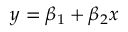
y = \beta _ { 1 } + \beta _ { 2 } x